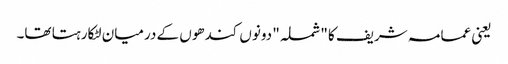
یعنی عمامہ شریف کا "شملہ" دونوں کندھوں کے درمیان لٹکارہتا تھا۔